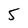
Character: 5